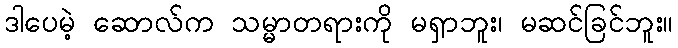
ဒါပေမဲ့ ဆောလ်က သမ္မာတရားကို မရှာဘူး၊ မဆင်ခြင်ဘူး။